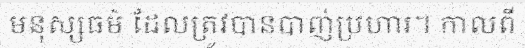
មនុស្សធម៌ ដែលត្រូវបានបាញ់ប្រហារ។ កាលពី